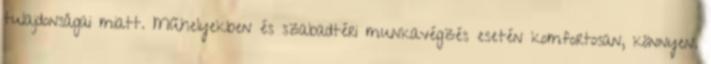
tulajdonságai miatt. Műhelyekben és szabadtéri munkavégzés esetén komfortosan, könnyen.